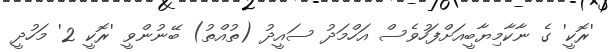
'ރޮކީ' ގެ ނާކާމިޔާބީއަށްފަހުވެސް އަހްމަދު ސައީދު (ތުއްތު) ބޭނުންވީ 'ރޮކީ 2' މަހުދީ